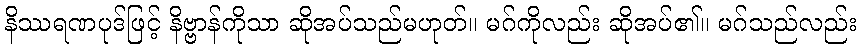
နိဿရဏပုဒ်ဖြင့် နိဗ္ဗာန်ကိုသာ ဆိုအပ်သည်မဟုတ်။ မဂ်ကိုလည်း ဆိုအပ်၏။ မဂ်သည်လည်း